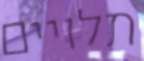
תלויים